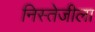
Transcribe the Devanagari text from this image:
निस्तेजीला